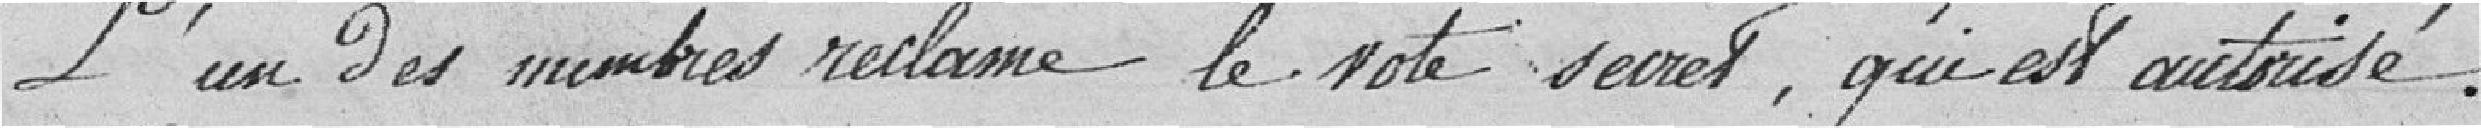
L'un des membres réclame le vote secret, qui est autorisé.